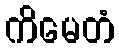
ကိမေတံ